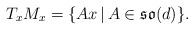
LaTeX: \begin{gather*}T_xM_x=\{Ax\,|\,A\in \mathfrak{so}(d)\}.\end{gather*}